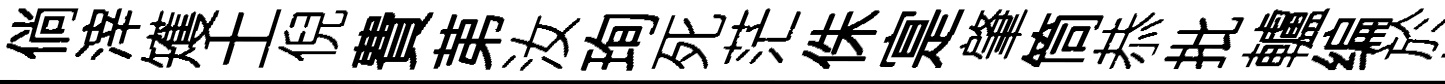
倘滓矱土倪費苐汝珣死茫侏寔肇筒恭批轤编於煩